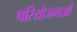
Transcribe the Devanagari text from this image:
परियोजनाऑं